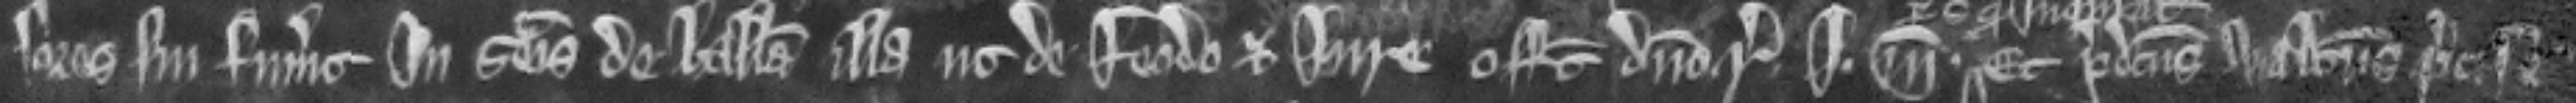
sores sui fuerunt in seisina de balliva illa ut de feodo et jure offert domino regi i marcam Et predictus Walterus pacifice